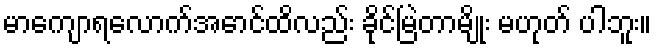
မာကျောရလောက်အောင်ထိလည်း ခိုင်မြဲတာမျိုး မဟုတ် ပါဘူး။